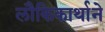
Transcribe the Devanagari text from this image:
लौकिकार्थाने